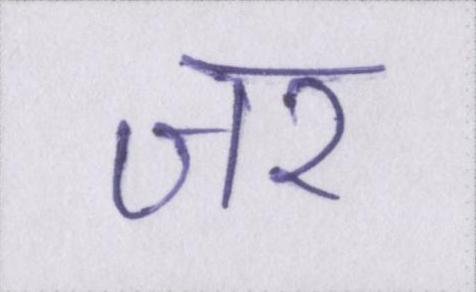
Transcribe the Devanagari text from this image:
जर